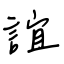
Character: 誼